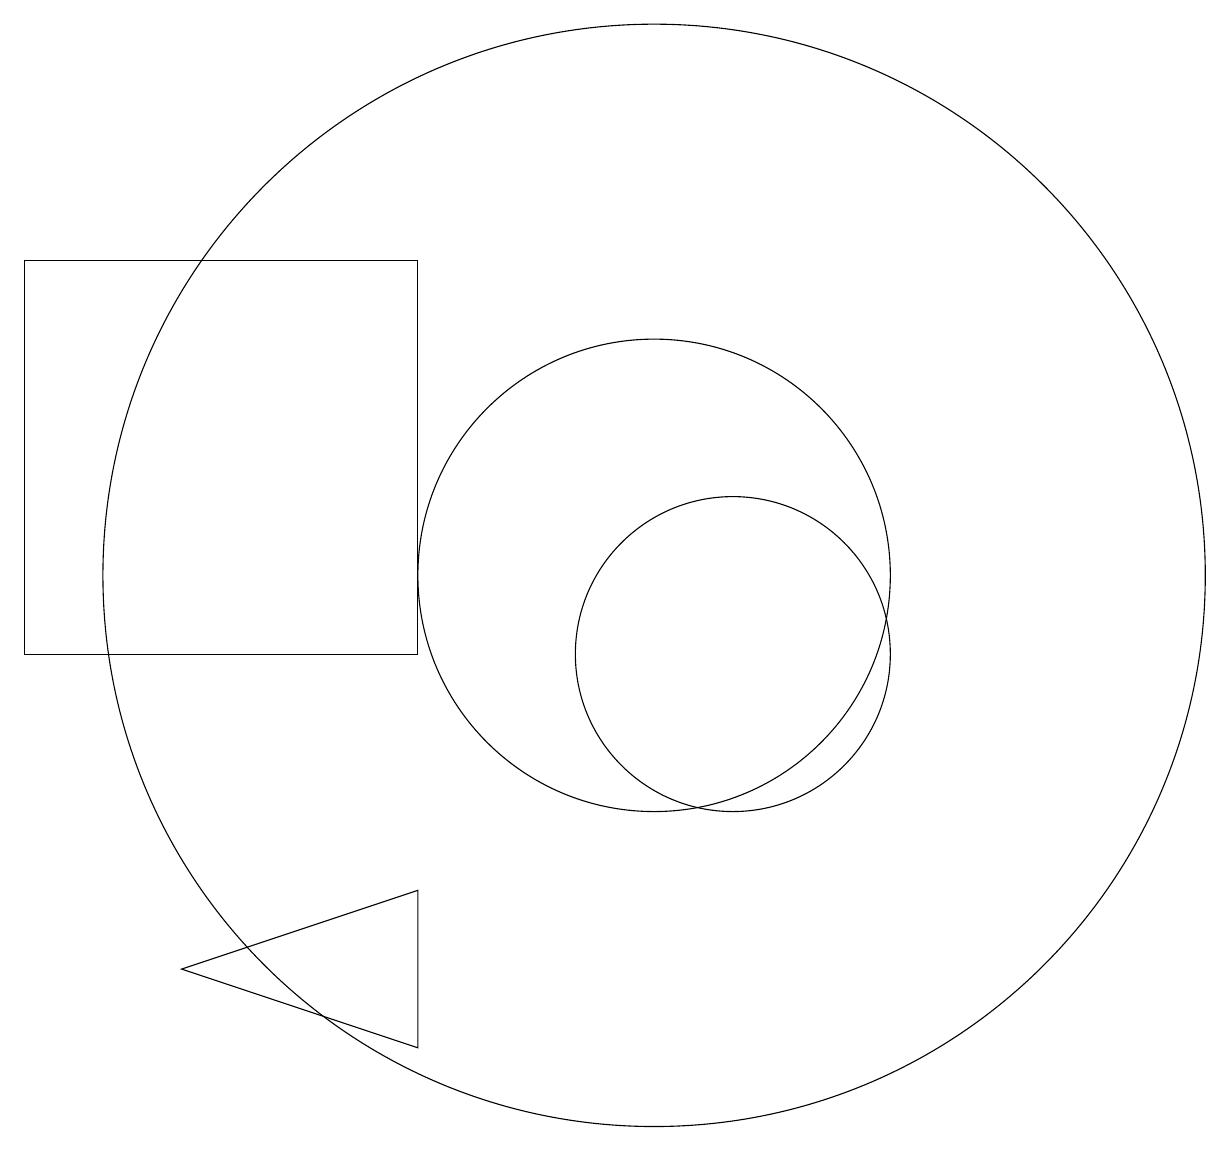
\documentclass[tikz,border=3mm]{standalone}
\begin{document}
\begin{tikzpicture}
\draw (10,11) circle (3);
\draw (4,6) -- (7,7) -- (7,5) -- cycle;
\draw (11,10) circle (2);
\draw (10,11) circle (7);
\draw (2,10) rectangle (7,15);
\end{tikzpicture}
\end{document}